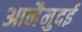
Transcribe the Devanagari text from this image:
आनैमुदई